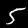
Label: 5